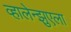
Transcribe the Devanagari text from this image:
व्हालेन्झुएला